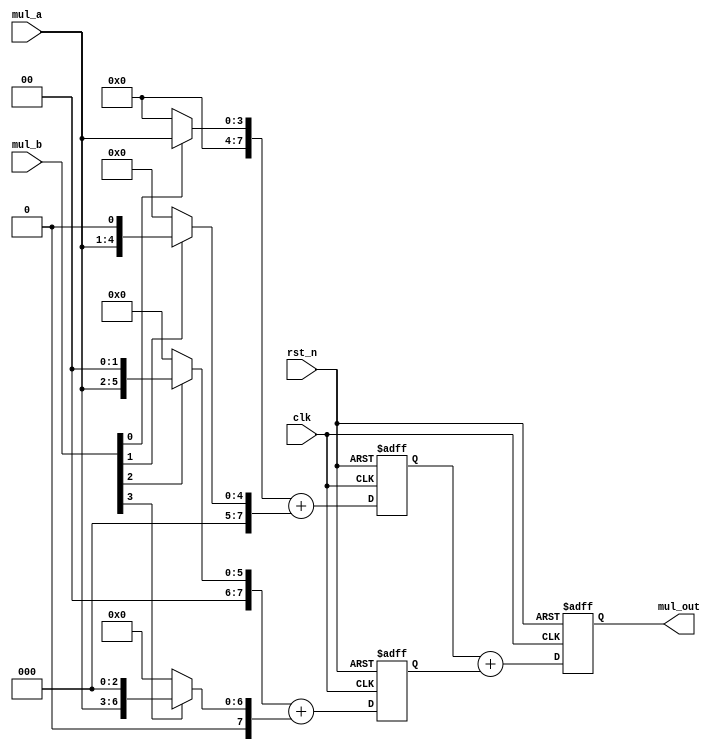
`timescale 1ns/1ns
module verified_multi_pipe#(
	parameter size = 4
)(
	input 						clk 		,   
	input 						rst_n		,
	input	[size-1:0]			mul_a		,
	input	[size-1:0]			mul_b		,
 
 	output	reg	[size*2-1:0]	mul_out		
);

parameter N = 2 * size;

reg     [N-1:0]     sum_tmp1                ;
reg     [N-1:0]     sum_tmp2                ;
wire    [N-1:0]     mul_a_extend            ;
wire    [N-1:0]     mul_b_extend            ;

wire    [N-1:0]     mul_result[size-1:0]    ;

genvar i;
generate
    for(i = 0; i < size; i = i + 1) begin:add
        assign mul_result[i] = mul_b[i] ? mul_a_extend << i : 'd0;
    end
endgenerate

assign mul_a_extend = {{size{1'b0}}, mul_a};
assign mul_b_extend = {{size{1'b0}}, mul_b};

always @(posedge clk or negedge rst_n) begin
    if(!rst_n) begin
        sum_tmp1 <= 'd0;
        sum_tmp2 <= 'd0;
    end
    else begin
        sum_tmp1 <= mul_result[0] + mul_result[1];
        sum_tmp2 <= mul_result[2] + mul_result[3];
    end
end

always @(posedge clk or negedge rst_n) begin
    if(!rst_n) begin
        mul_out <= 'd0;
    end
    else begin
        mul_out <= sum_tmp1 + sum_tmp2;
    end
end

endmodule